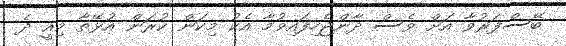
ބޭސްފަރުވާ އަށް ވެސް ދާންޖެހިފައިވުމާ އެކު މިކަން ކުރަން އުޅޭތާ މިއީ ދެ